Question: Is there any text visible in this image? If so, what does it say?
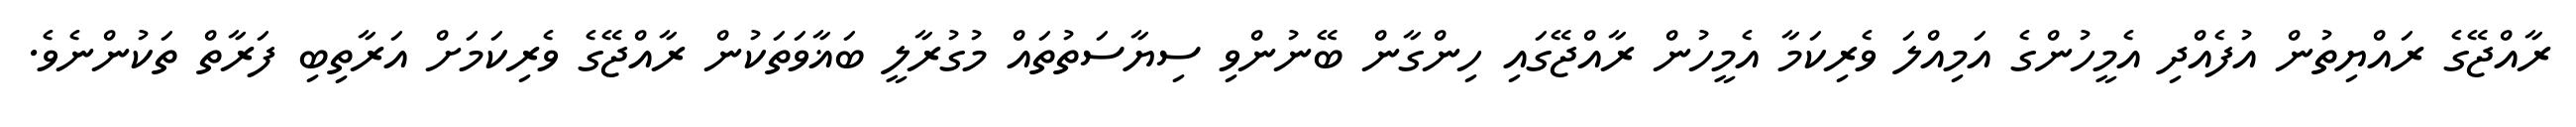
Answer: ރާއްޖޭގެ ރައްޔިތުން އުފެއްދި އެމީހުންގެ އަމިއްލަ ވެރިކަމާ އެމީހުން ރާއްޖޭގައި ހިންގާން ބޭނުންވި ސިޔާސަތުތައް މުގުރާލީ ބަޣާވަތަކުން ރާއްޖޭގެ ވެރިކަމަށް އަރާތިބި ފަރާތް ތަކުންނެވެ.